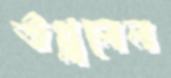
উথ্‌ললেন